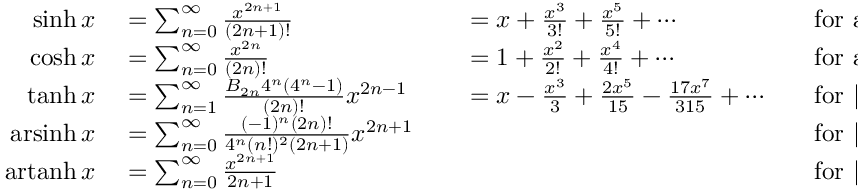
\begin{array} { r l r l r l } { \sinh x } & { { } = \sum _ { n = 0 } ^ { \infty } { \frac { x ^ { 2 n + 1 } } { ( 2 n + 1 ) ! } } } & { } & { { } = x + { \frac { x ^ { 3 } } { 3 ! } } + { \frac { x ^ { 5 } } { 5 ! } } + \cdots } & { } & { { } { \mathrm { f o r ~ a l l ~ } } x } \\ { \cosh x } & { { } = \sum _ { n = 0 } ^ { \infty } { \frac { x ^ { 2 n } } { ( 2 n ) ! } } } & { } & { { } = 1 + { \frac { x ^ { 2 } } { 2 ! } } + { \frac { x ^ { 4 } } { 4 ! } } + \cdots } & { } & { { } { \mathrm { f o r ~ a l l ~ } } x } \\ { \operatorname { t a n h } x } & { { } = \sum _ { n = 1 } ^ { \infty } { \frac { B _ { 2 n } 4 ^ { n } \left( 4 ^ { n } - 1 \right) } { ( 2 n ) ! } } x ^ { 2 n - 1 } } & { } & { { } = x - { \frac { x ^ { 3 } } { 3 } } + { \frac { 2 x ^ { 5 } } { 1 5 } } - { \frac { 1 7 x ^ { 7 } } { 3 1 5 } } + \cdots } & { } & { { } { \mathrm { f o r ~ } } | x | < { \frac { \pi } { 2 } } } \\ { \operatorname { a r s i n h } x } & { { } = \sum _ { n = 0 } ^ { \infty } { \frac { ( - 1 ) ^ { n } ( 2 n ) ! } { 4 ^ { n } ( n ! ) ^ { 2 } ( 2 n + 1 ) } } x ^ { 2 n + 1 } } & { } & { { } } & { } & { { } { \mathrm { f o r ~ } } | x | \leq 1 } \\ { \operatorname { a r t a n h } x } & { { } = \sum _ { n = 0 } ^ { \infty } { \frac { x ^ { 2 n + 1 } } { 2 n + 1 } } } & { } & { { } } & { } & { { } { \mathrm { f o r ~ } } | x | \leq 1 , \ x \neq \pm 1 } \end{array}